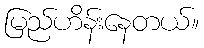
မြည်ဟိန်းနေတယ်။